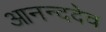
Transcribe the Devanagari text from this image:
आनन्ददेव